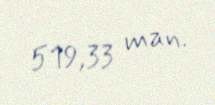
519,33 man.